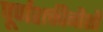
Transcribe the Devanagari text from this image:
पूर्णशक्तीनीशी